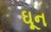
ઘૂન